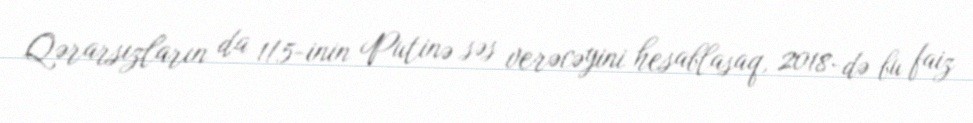
Qərarsızların da 1/5-inin Putinə səs verəcəyini hesablasaq, 2018-də bu faiz